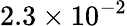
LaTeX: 2.3\times 10^{-2}